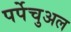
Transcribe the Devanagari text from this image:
पर्पेचुअल